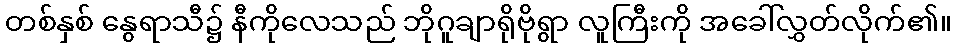
တစ်နှစ် နွေရာသီ၌ နီကိုလေသည် ဘိုဂူချာရိုဗိုရွာ လူကြီးကို အခေါ်လွှတ်လိုက်၏။